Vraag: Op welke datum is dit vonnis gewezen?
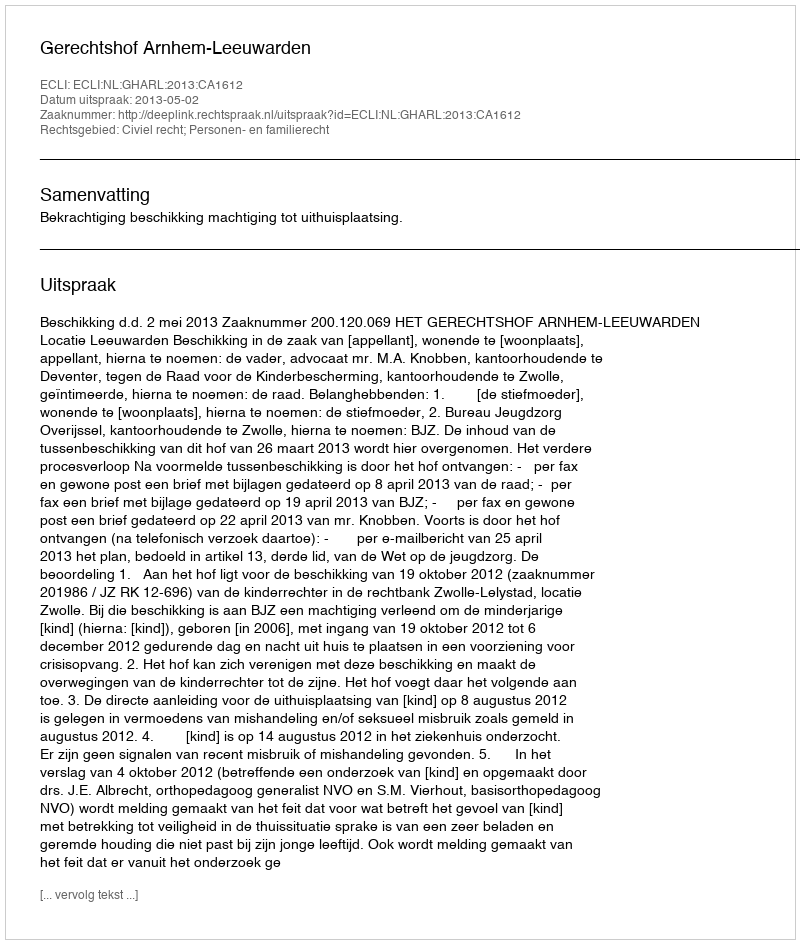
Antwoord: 2013-05-02